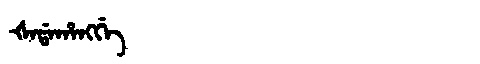
Manchu: ᡧᠠᡩᠠᡥᠠᠩᡤᡝ
Romanization: ŠADAHANGGE